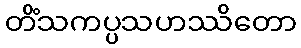
တိံသကပ္ပသဟဿိတော